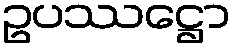
ဥပဿဋ္ဌော